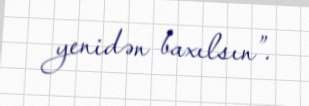
yenidən baxılsın”.